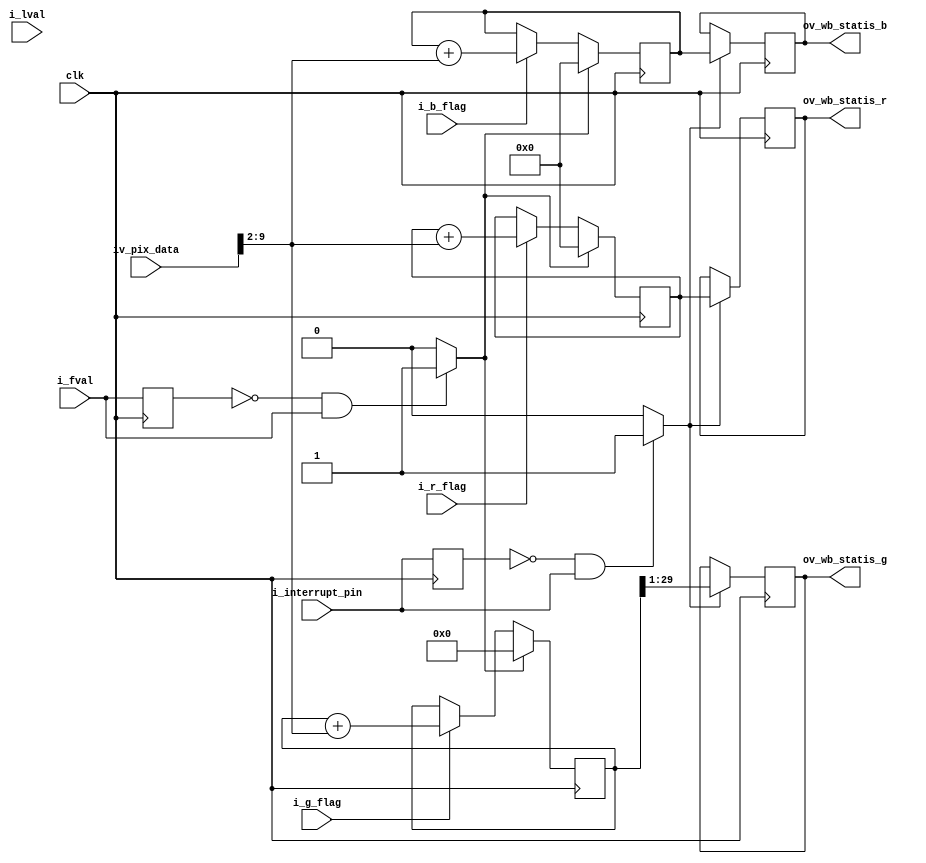
//-------------------------------------------------------------------------------------------------
//  --    : , 2010 -2015.
//  --      .
//  --          : FPGA
//  --        : wb_statis
//  --        : 
//-------------------------------------------------------------------------------------------------
//
//  --  :
//
//  --          :| 				:|  
//-------------------------------------------------------------------------------------------------
//  --        :| 2015/2/13 10:30:32	:|  
//-------------------------------------------------------------------------------------------------
//
//  --      : 
//              1)  : G/2 
//
//              2)  : ... ...
//
//              3)  : ... ...
//
//-------------------------------------------------------------------------------------------------
///
`timescale 1ns/1ps
//-------------------------------------------------------------------------------------------------

module wb_statis # (
	parameter					SENSOR_DAT_WIDTH	= 10	,	//sensor 
	parameter					WB_STATIS_WIDTH		= 29	,	//
	parameter					REG_WD				= 32		//
	)
	(
	input							clk						,	//
	input							i_fval					,	//
	input							i_lval					,	//
	input	[SENSOR_DAT_WIDTH-1:0]	iv_pix_data				,	//
	input							i_r_flag				,	// R
	input							i_g_flag				,	// G
	input							i_b_flag				,	// B
	input							i_interrupt_pin			,	//1-
	output	[WB_STATIS_WIDTH-1:0]	ov_wb_statis_r			,	//8bitR8bit8bitR8bit
	output	[WB_STATIS_WIDTH-1:0]	ov_wb_statis_g			,	//8bitG8bit28bitG8bit2
	output	[WB_STATIS_WIDTH-1:0]	ov_wb_statis_b				//8bitB8bit8bitB8bit
	);

	//	ref signals

	reg								fval_dly0			= 1'b0;
	reg								fval_dly1			= 1'b0;
	wire							fval_rise			;
	reg								int_pin_dly			= 1'b0;
	wire							int_pin_rise		;
	reg		[WB_STATIS_WIDTH-1:0]	wb_statis_r			= {WB_STATIS_WIDTH{1'b0}};
	reg		[WB_STATIS_WIDTH:0]		wb_statis_g			= {(WB_STATIS_WIDTH+1){1'b0}};
	reg		[WB_STATIS_WIDTH-1:0]	wb_statis_b			= {WB_STATIS_WIDTH{1'b0}};
	reg		[WB_STATIS_WIDTH-1:0]	wb_statis_r_reg		= {WB_STATIS_WIDTH{1'b0}};
	reg		[WB_STATIS_WIDTH-1:0]	wb_statis_g_reg		= {WB_STATIS_WIDTH{1'b0}};
	reg		[WB_STATIS_WIDTH-1:0]	wb_statis_b_reg		= {WB_STATIS_WIDTH{1'b0}};


	//	ref ARCHITECTURE

	//  ===============================================================================================
	//	ref *** ***
	//  ===============================================================================================
	//  -------------------------------------------------------------------------------------
	//	
	//  -------------------------------------------------------------------------------------
	always @ (posedge clk) begin
		fval_dly0	<= i_fval;
	end
	assign	fval_rise	= (fval_dly0==1'b0 && i_fval==1'b1) ? 1'b1 : 1'b0;

	//  -------------------------------------------------------------------------------------
	//	
	//  -------------------------------------------------------------------------------------
	always @ (posedge clk) begin
		int_pin_dly	<= i_interrupt_pin;
	end
	assign	int_pin_rise	= (int_pin_dly==1'b0 && i_interrupt_pin==1'b1) ? 1'b1 : 1'b0;

	//  ===============================================================================================
	//	ref ******
	//  ===============================================================================================
	//  -------------------------------------------------------------------------------------
	//	r
	//	1.
	//	2.
	//	3.lval=1lval
	//	4.8bit
	//  -------------------------------------------------------------------------------------
	always @ (posedge clk) begin
		if(fval_rise) begin
			wb_statis_r	<= {WB_STATIS_WIDTH{1'b0}};
		end
		else begin
			if(i_r_flag) begin
				wb_statis_r	<= wb_statis_r + iv_pix_data[SENSOR_DAT_WIDTH-1:SENSOR_DAT_WIDTH-8];
			end
		end
	end

	//  -------------------------------------------------------------------------------------
	//	g
	//  -------------------------------------------------------------------------------------
	always @ (posedge clk) begin
		if(fval_rise) begin
			wb_statis_g	<= {(WB_STATIS_WIDTH+1){1'b0}};
		end
		else begin
			if(i_g_flag) begin
				wb_statis_g	<= wb_statis_g + iv_pix_data[SENSOR_DAT_WIDTH-1:SENSOR_DAT_WIDTH-8];
			end
		end
	end

	//  -------------------------------------------------------------------------------------
	//	g
	//  -------------------------------------------------------------------------------------
	always @ (posedge clk) begin
		if(fval_rise) begin
			wb_statis_b	<= {WB_STATIS_WIDTH{1'b0}};
		end
		else begin
			if(i_b_flag) begin
				wb_statis_b	<= wb_statis_b + iv_pix_data[SENSOR_DAT_WIDTH-1:SENSOR_DAT_WIDTH-8];
			end
		end
	end

	//  ===============================================================================================
	//	ref ******
	//  ===============================================================================================
	//  -------------------------------------------------------------------------------------
	//	r
	//  -------------------------------------------------------------------------------------
	always @ (posedge clk) begin
		if(int_pin_rise) begin
			wb_statis_r_reg	<= wb_statis_r;
		end
	end
	assign	ov_wb_statis_r	= wb_statis_r_reg;

	//  -------------------------------------------------------------------------------------
	//	g2
	//  -------------------------------------------------------------------------------------
	always @ (posedge clk) begin
		if(int_pin_rise) begin
			wb_statis_g_reg	<= wb_statis_g[WB_STATIS_WIDTH:1];
		end
	end
	assign	ov_wb_statis_g	= wb_statis_g_reg;

	//  -------------------------------------------------------------------------------------
	//	b
	//  -------------------------------------------------------------------------------------
	always @ (posedge clk) begin
		if(int_pin_rise) begin
			wb_statis_b_reg	<= wb_statis_b;
		end
	end
	assign	ov_wb_statis_b	= wb_statis_b_reg;


endmodule